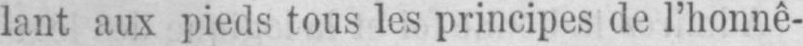
lant aux pieds tous les principes de l’honnê-